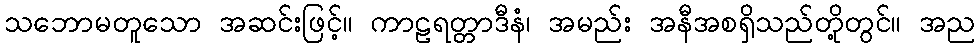
သဘောမတူသော အဆင်းဖြင့်။ ကာဠရတ္တာဒီနံ၊ အမည်း အနီအစရှိသည်တို့တွင်။ အည